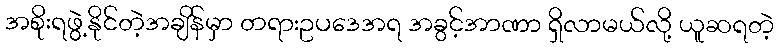
အစိုးရဖွဲ့နိုင်တဲ့အချိန်မှာ တရားဥပဒေအရ အခွင့်အာဏာ ရှိလာမယ်လို့ ယူဆရတဲ့